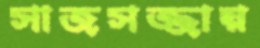
সাজসজ্জায়